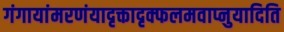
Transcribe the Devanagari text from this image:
गंगायांमरणंयादृक्तादृक्फलमवाप्नुयादिति